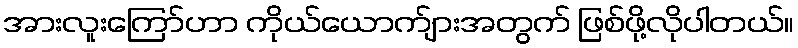
အားလူးကြော်ဟာ ကိုယ်ယောက်ျားအတွက် ဖြစ်ဖို့လိုပါတယ်။